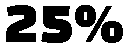
25%